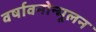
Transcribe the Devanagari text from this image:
वर्षावनोन्मूलन